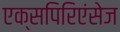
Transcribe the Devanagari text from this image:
एक्सपिरिएंसेज